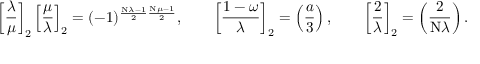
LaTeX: \left[ { \frac { \lambda } { \mu } } \right] _ { 2 } \left[ { \frac { \mu } { \lambda } } \right] _ { 2 } = ( - 1 ) ^ { { \frac { \mathrm { N } \lambda - 1 } { 2 } } { \frac { \mathrm { N } \mu - 1 } { 2 } } } , \qquad \left[ { \frac { 1 - \omega } { \lambda } } \right] _ { 2 } = \left( { \frac { a } { 3 } } \right) , \qquad \left[ { \frac { 2 } { \lambda } } \right] _ { 2 } = \left( { \frac { 2 } { \mathrm { N } \lambda } } \right) .